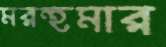
মরহুমার